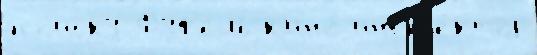
по́иску Фуф'ель к'ино́ инсп'е́ктор